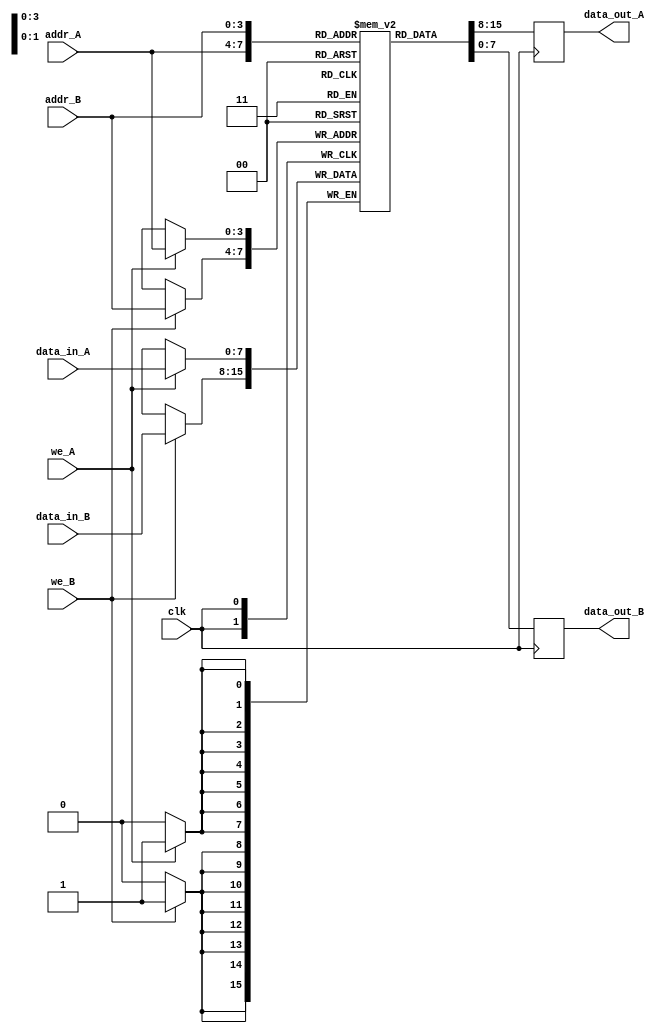
module dual_port_register_file
(
  input wire clk,
  input wire [7:0] data_in_A, data_in_B,
  input wire [3:0] addr_A, addr_B,
  input wire we_A, we_B,
  output reg [7:0] data_out_A, data_out_B
);

reg [7:0] registers [0:15];

always @(posedge clk)
begin
  if (we_A)
    registers[addr_A] <= data_in_A;
  
  if (we_B)
    registers[addr_B] <= data_in_B;
  
  data_out_A <= registers[addr_A];
  data_out_B <= registers[addr_B];
end

endmodule